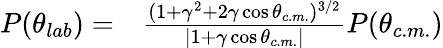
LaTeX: \begin{array}{rl}{P(\theta_{lab})=}&{{}\frac{(1+\gamma^{2}+2\gamma\cos\theta_{c.m.})^{3/2}}{|1+\gamma\cos\theta_{c.m.}|}P(\theta_{c.m.})}\end{array}